Civil Veterinary Department. Madras. Admin. report 1926-33 - 1926-1933
Year: 1926
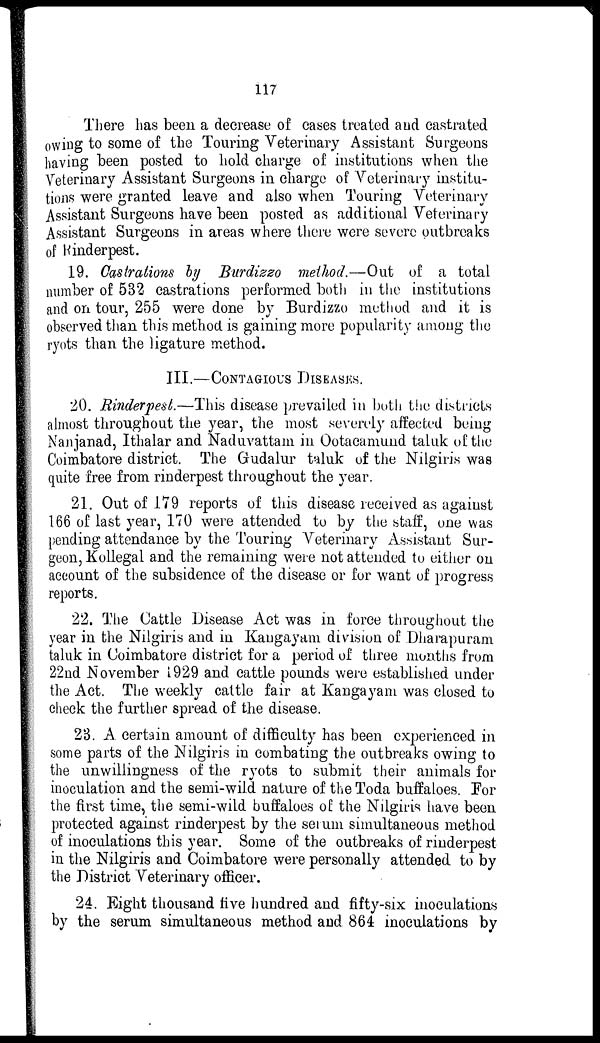
117
There has been a decrease of cases treated and castrated
owing to some of the Touring Veterinary Assistant Surgeons
having been posted to hold charge of institutions when the
Veterinary Assistant Surgeons in charge of Veterinary institu-
tions were granted leave and also when Touring Veterinary
Assistant Surgeons have been posted as additional Veterinary
Assistant Surgeons in areas where there were severe outbreaks
of Rinderpest.
19. Castrations by Burdizzo method.—Out of a total
number of 532 castrations performed both in the institutions
and on tour, 255 were done by Burdizzo method and it is
observed than this method is gaining more popularity among the
ryots than the ligature method.
III.—CONTAGIOUS
DISEASES.
20. Rinderpest.—This disease prevailed in both the districts
almost throughout the year, the most severely affected being
Nanjanad, Ithalar and Naduvattam in Ootacamund taluk of the
Coimbatore district. The Gudalur taluk of the Nilgiris was
quite free from rinderpest throughout the year.
21. Out of 179 reports of this disease received as against
166 of last year, 170 were attended to by the staff, one was
pending attendance by the Touring Veterinary Assistant Sur-
geon, Kollegal and the remaining were not attended to either on
account of the subsidence of the disease or for want of progress
reports.
22. The Cattle Disease Act was in force throughout the
year in the Nilgiris and in Kaugayam division of Dharapuram
taluk in Coimbatore district for a period of three months from
22nd November 1929 and cattle pounds were established under
the Act. The weekly cattle fair at Kangayam was closed to
check the further spread of the disease.
23. A certain amount of difficulty has been experienced in
some parts of the Nilgiris in combating the outbreaks owing to
the unwillingness of the ryots to submit their animals for
inoculation and the semi-wild nature of the Toda buffaloes. For
the first time, the semi-wild buffaloes of the Nilgiris have been
protected against rinderpest by the serum simultaneous method
of inoculations this year. Some of the outbreaks of rinderpest
in the Nilgiris and Coimbatore were personally attended to by
the District Veterinary officer.
24. Eight thousand five hundred and fifty-six inoculations
by the serum simultaneous method and 864 inoculations by